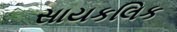
સાયકલિક